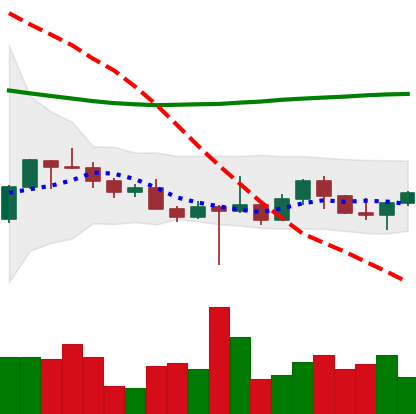
Ticker: ETH-USD
Chart end date: 2022-10-22
Forward return: 15.223%
Label: up_7plus